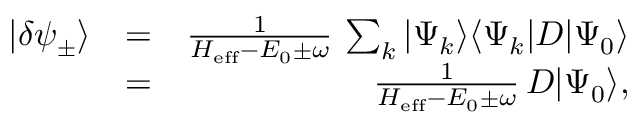
\begin{array} { r l r } { | \delta \psi _ { \pm } \rangle } & { = } & { \frac { 1 } { H _ { \mathrm { e f f } } - E _ { 0 } \pm \omega } \, \sum _ { k } | \Psi _ { k } \rangle \langle \Psi _ { k } | D | \Psi _ { 0 } \rangle } \\ & { = } & { \frac { 1 } { H _ { \mathrm { e f f } } - E _ { 0 } \pm \omega } \, D | \Psi _ { 0 } \rangle , } \end{array}